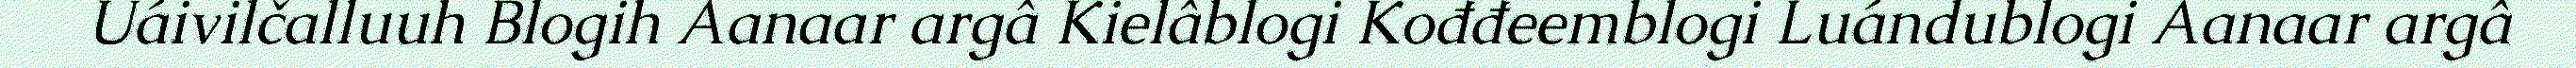
Uáivilčalluuh Blogih Aanaar argâ Kielâblogi Kođđeemblogi Luándublogi Aanaar argâ